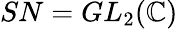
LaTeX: SN=GL_{2}(\mathbb{C})